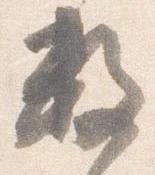
数